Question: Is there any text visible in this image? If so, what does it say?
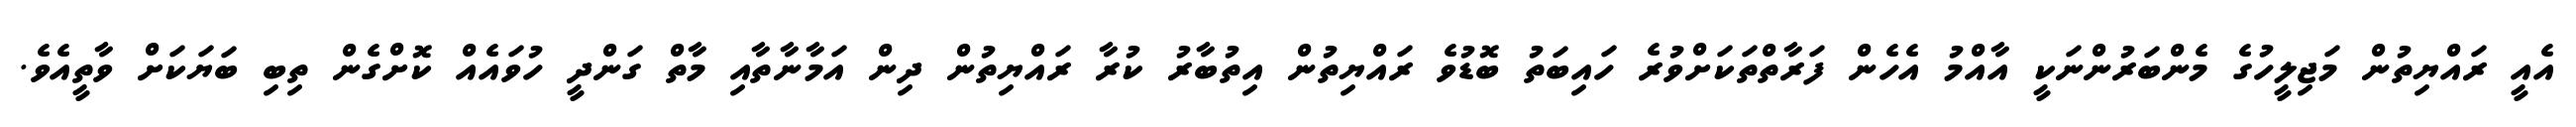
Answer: އެއީ ރައްޔިތުން މަޖިލީހުގެ މެންބަރުންނަކީ އާއްމު އެހެން ފަރާތްތަކަށްވުރެ ހައިބަތު ބޮޑުވެ ރައްޔިތުން އިތުބާރު ކުރާ ރައްޔިތުން ދިން އަމާނާތާއި މާތް ގަންދީ ހުވައެއް ކޮށްގެން ތިބި ބަޔަކަށް ވާތީއެވެ.